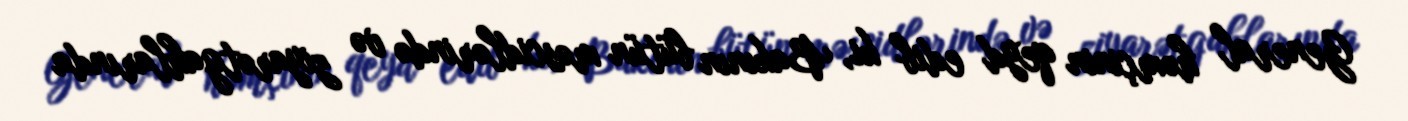
General həmçinin qeyd edib ki, Bakının bütün məscidlərində və ziyarətgahlarında